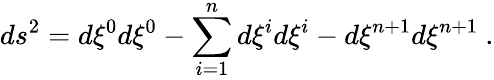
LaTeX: ds^{2}=d\xi^{0}d\xi^{0}-\sum_{i=1}^{n}d\xi^{i}d\xi^{i}-d\xi^{n+1}d\xi^{n+1}~.